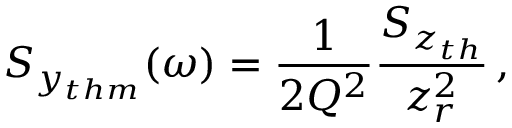
S _ { y _ { t h m } } ( \omega ) = \frac { 1 } { 2 Q ^ { 2 } } \frac { S _ { z _ { t h } } } { z _ { r } ^ { 2 } } \, ,